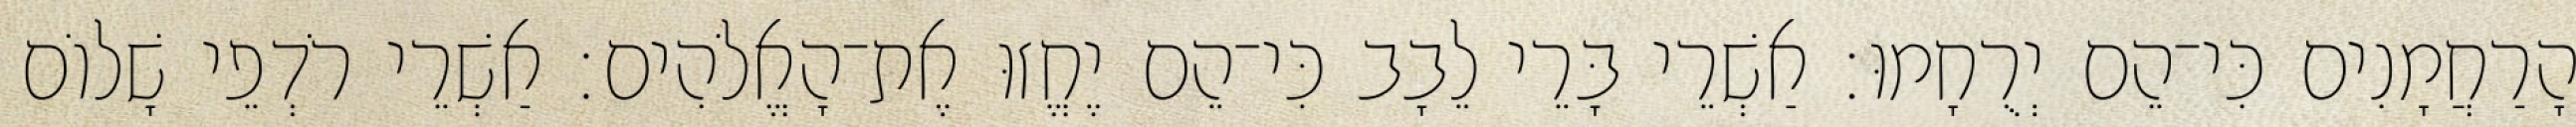
הָרַחֲמָנִים כִּי־הֵם יְרֻחָמוּ׃ אַשְׁרֵי בָּרֵי לֵבָב כִּי־הֵם יֶחֱזוּ אֶת־הָאֱלֹהִים׃ אַשְׁרֵי רֹדְפֵי שָׁלוֹם